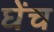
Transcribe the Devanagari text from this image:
घेंच